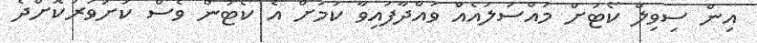
އިން ސިވިލް ކޯޓަށް މައްސަލައެއް ވައްދާފައިވާ ކަމަށް އެ ކޯޓުން ވެސް ކަށަވަރުކޮށްދެ